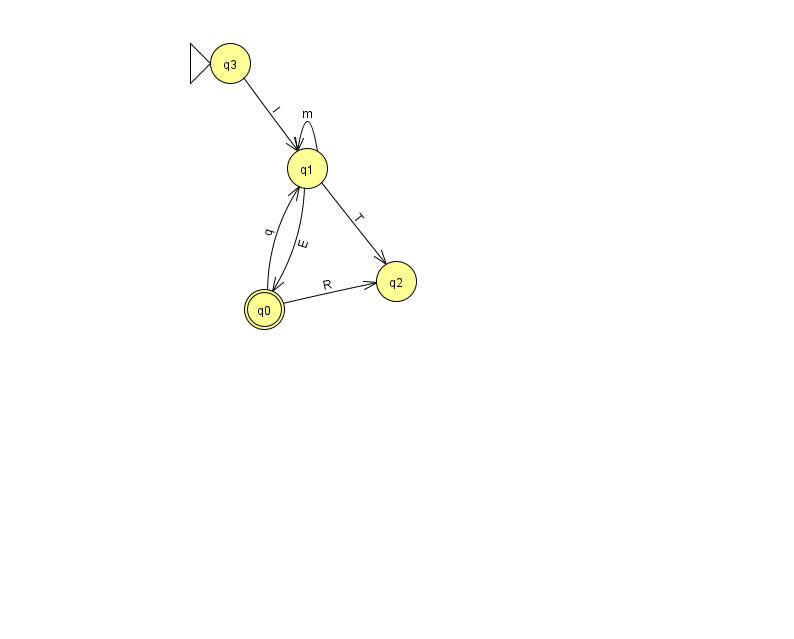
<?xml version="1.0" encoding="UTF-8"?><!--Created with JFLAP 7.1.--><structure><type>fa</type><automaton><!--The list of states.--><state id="0" name="q0"><x>264.0</x><y>296.0</y><final/></state><state id="1" name="q1"><x>307.0</x><y>155.0</y></state><state id="2" name="q2"><x>396.0</x><y>268.0</y></state><state id="3" name="q3"><x>230.0</x><y>50.0</y><initial/></state><!--The list of transitions.--><transition><from>0</from><to>2</to><read>R</read></transition><transition><from>1</from><to>0</to><read>E</read></transition><transition><from>1</from><to>2</to><read>T</read></transition><transition><from>3</from><to>1</to><read>l</read></transition><transition><from>0</from><to>1</to><read>q</read></transition><transition><from>1</from><to>1</to><read>m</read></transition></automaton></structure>